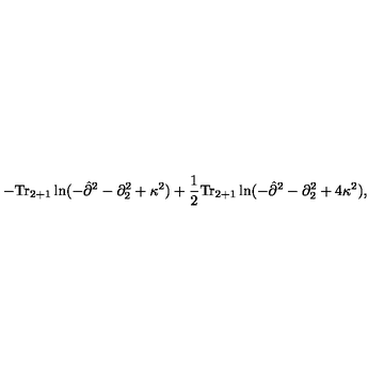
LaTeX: - \mathrm { T r } _ { 2 + 1 } \ln ( - { \hat { \partial } } ^ { 2 } - \partial _ { 2 } ^ { 2 } + \kappa ^ { 2 } ) + \frac { 1 } { 2 } \mathrm { T r } _ { 2 + 1 } \ln ( - { \hat { \partial } } ^ { 2 } - \partial _ { 2 } ^ { 2 } + 4 \kappa ^ { 2 } ) ,